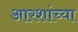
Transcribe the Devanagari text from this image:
आरशांच्या